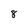
Character: 8